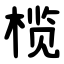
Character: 榄